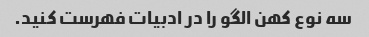
سه نوع کهن الگو را در ادبیات فهرست کنید.